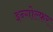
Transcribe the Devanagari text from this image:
इन्गोल्फ़र